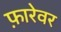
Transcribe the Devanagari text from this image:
फ़ारेवर